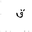
Letter: _qaf